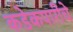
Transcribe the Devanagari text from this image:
कडेकपारींचे